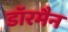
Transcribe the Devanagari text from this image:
डॉरमैन